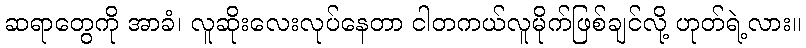
ဆရာတွေကို အာခံ၊ လူဆိုးလေးလုပ်နေတာ ငါတကယ်လူမိုက်ဖြစ်ချင်လို့ ဟုတ်ရဲ့လား။